Annual statistical returns and brief notes on vaccination in Bengal - 1887-1898
Year: 1887
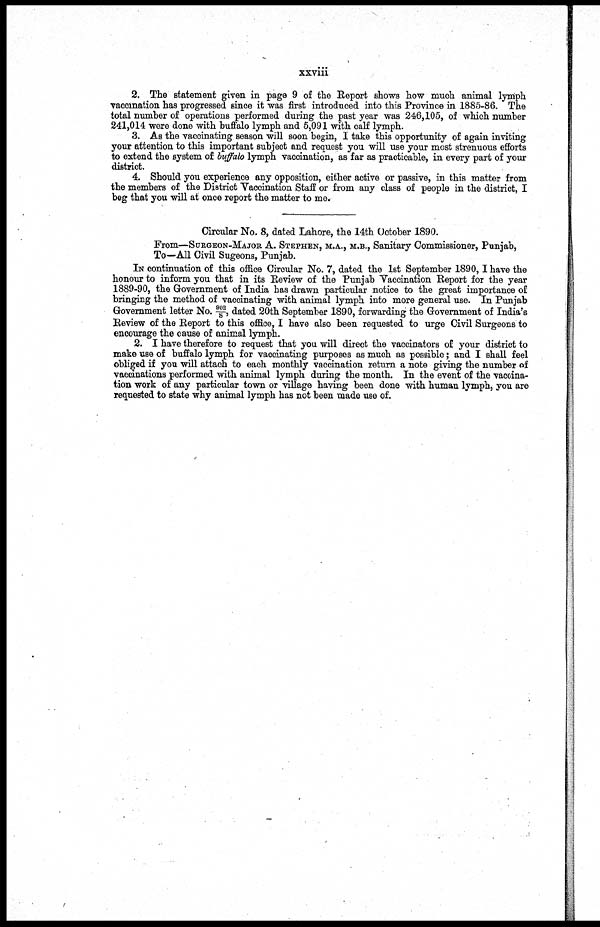
xxviii
2. The statement given in page 9 of the Report shows how much animal lymph
vaccination has progressed since it was first introduced into this Province in 1885-86. The
total number of operations performed during the past year was 246,105, of which number
241,014 were done with buffalo lymph and 5,091 with calf lymph.
3. As the vaccinating season will soon begin, I take this opportunity of again inviting
your attention to this important subject and request you will use your most strenuous efforts
to extend the system of buffalo lymph vaccination, as far as practicable, in every part of your
district.
4. Should you experience any opposition, either active or passive, in this matter from
the members of the District Vaccination Staff or from any class of people in the district, I
beg that you will at once report the matter to me.
Circular No. 8, dated Lahore, the 14th October 1890.
From—SURGEON-MAJOR A. STEPHEN, M.A., M.B., Sanitary Commissioner, Punjab,
To—All Civil Sugeons, Punjab.
IN continuation of this office Circular No. 7, dated the 1st September 1890,I have the
honour to inform you that in its Review of the Punjab Vaccination Report for the year
1889-90, the Government of India has drawn particular notice to the great importance of
bringing the method of vaccinating with animal lymph into more general use. In Punjab
Government letter No. 902/S, dated 20th September 1890, forwarding the Government of India's
Review of the Report to this office, I have also been requested to urge Civil Surgeons to
encourage the cause of animal lymph.
2. I have therefore to request that you will direct the vaccinators of your district to
make use of buffalo lymph for vaccinating purposes as much as possible; and I shall feel
obliged if you will attach to each monthly vaccination return a note giving the number of
vaccinations performed with animal lymph during the month. In the event of the vaccina-
tion work of any particular town or village having been done with human lymph, you are
requested to state why animal lymph has not been made use of.